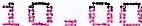
10.00